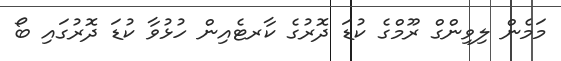
މަމެން ލިވިންގް ރޫމްގެ ކުޑަ ދޮރުގެ ކާރޓެއިން ހުޅުވާ ކުޑަ ދޮރުގައި ބޯ